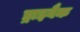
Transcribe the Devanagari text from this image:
ड्राइबैक